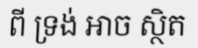
ពី ទ្រង់ អាច ស្ថិត